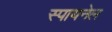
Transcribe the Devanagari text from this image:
स्पायनेल